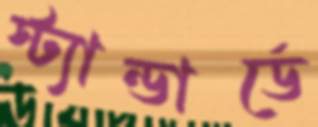
স্ট্যান্ডার্ডে